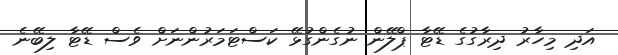
އަދި މިހާރު ދިރާގުގެ ޑޭޓާ ޕްލޭން ނުގެންގުޅޭ ކަސްޓަމަރުންނަށް ވެސް ޑޭޓާ ލިބޭނެ